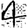
Digit: 4